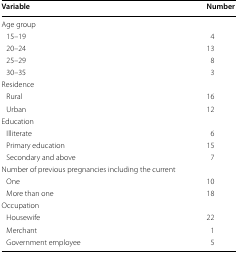
<table><thead><tr><td><b>Variable</b></td><td><b>Number</b></td></tr></thead><tbody><tr><td colspan="2">Age group</td></tr><tr><td> 15–19</td><td>4</td></tr><tr><td> 20–24</td><td>13</td></tr><tr><td> 25–29</td><td>8</td></tr><tr><td> 30–35</td><td>3</td></tr><tr><td colspan="2">Residence</td></tr><tr><td> Rural</td><td>16</td></tr><tr><td> Urban</td><td>12</td></tr><tr><td>Education</td><td></td></tr><tr><td> Illiterate</td><td>6</td></tr><tr><td> Primary education</td><td>15</td></tr><tr><td> Secondary and above</td><td>7</td></tr><tr><td colspan="2">Number of previous pregnancies including the current</td></tr><tr><td> One</td><td>10</td></tr><tr><td> More than one</td><td>18</td></tr><tr><td colspan="2">Occupation</td></tr><tr><td> Housewife</td><td>22</td></tr><tr><td> Merchant</td><td>1</td></tr><tr><td> Government employee</td><td>5</td></tr></tbody></table>